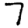
Digit: 7